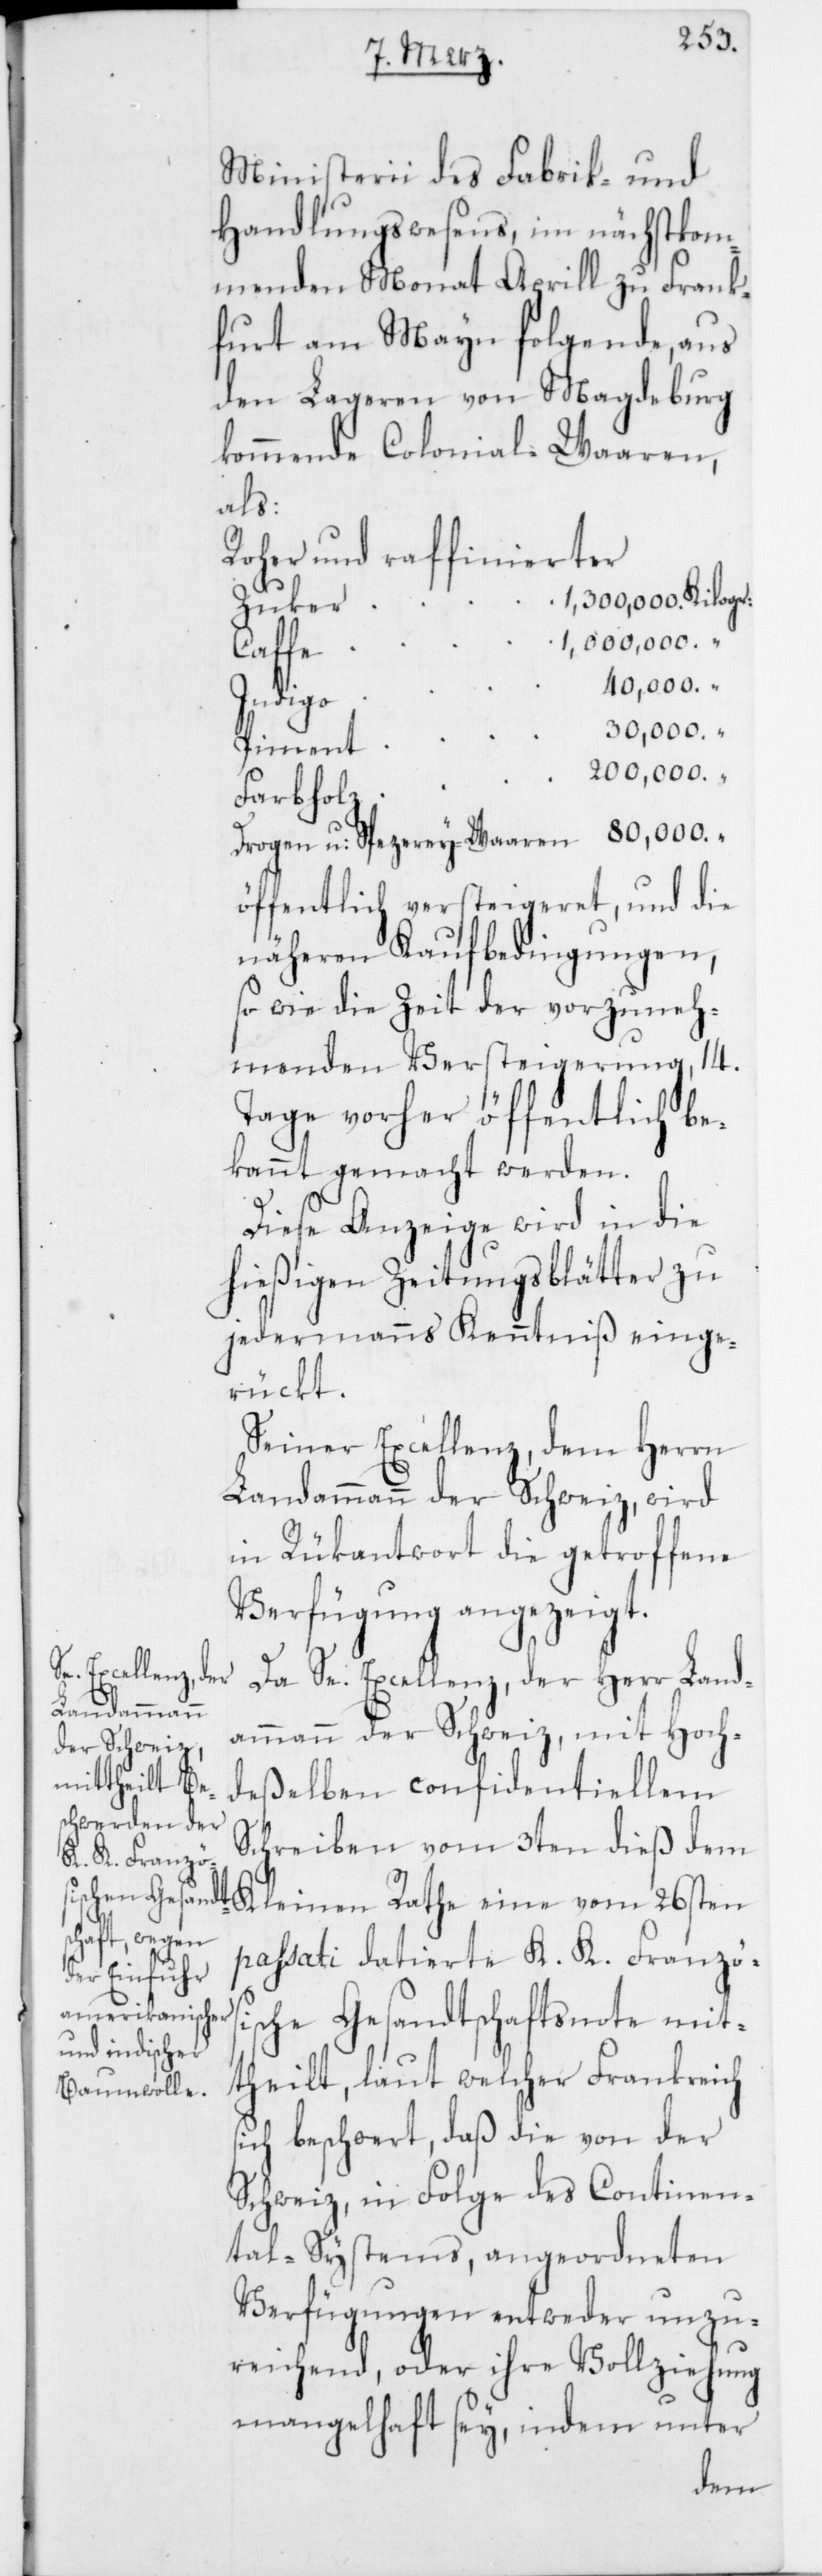
s¬

Ministerii des Fabrik- und
Handlungswesens, im nächstkom¬
menden Monat Aprill zu Frank¬
furt am Mayn folgende, aus
den Lageren von Magdeburg
kommende Colonial-Waaren,
als:
Roher und raffinierter
1,300,000. Kilogr:
Zuker
1,000,000. “
Caffe
40,000. “
Indigo
80,000. “
Piment
200,000. “
Farbholz
öffentlich versteigeret, und die
näheren Kaufbedingungen,
so wie die Zeit der vorzuneh¬
menden Versteigerung, 14.
Tage vorher öffentlich be¬
kannt gemacht werden.
Diese Anzeige wird in die
hießigen Zeitungsblätter zu
jedermanns Kenntniß einge¬
rückt.
Seiner Excellenz, dem Herrn
Landammann der Schweiz, wird
in Rükantwort die getroffene
Verfügung angezeigt.
Da Se. Excellenz, der Herr Land¬
ammann der Schweiz, mit Hoch¬
deßelben confidentiellem
Schreiben vom 3ten dieß dem
Kleinen Rathe eine vom 26sten
passati datierte K. K. Französ¬
ische Gesandtschaftsnote mit¬
theilt, laut welcher Frankreich
ich beschwert, daß die von der
Schweiz, in Folge des Continen¬
tal-Systems, angeordneten
Verfügungen entweder unzu¬
reichend, oder ihre Vollziehung
mangelhaft sey, indem unter